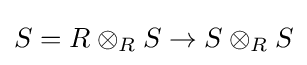
S=R\otimes _{R}S\to S\otimes _{R}S